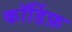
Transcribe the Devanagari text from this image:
कॉर्डिफ़